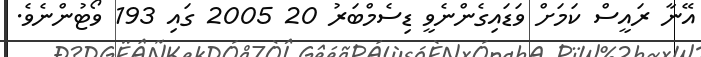
އޭނާ ރައީސް ކަމަށް ވަޑައިގެންނެވީ ޑިސެމްބަރު 20 2005 ގައި 193 ވޯޓުންނެވެ.